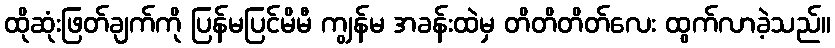
ထိုဆုံးဖြတ်ချက်ကို ပြန်မပြင်မိမီ ကျွန်မ အခန်းထဲမှ တိတိတိတ်လေး ထွက်လာခဲ့သည်။